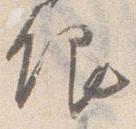
銀